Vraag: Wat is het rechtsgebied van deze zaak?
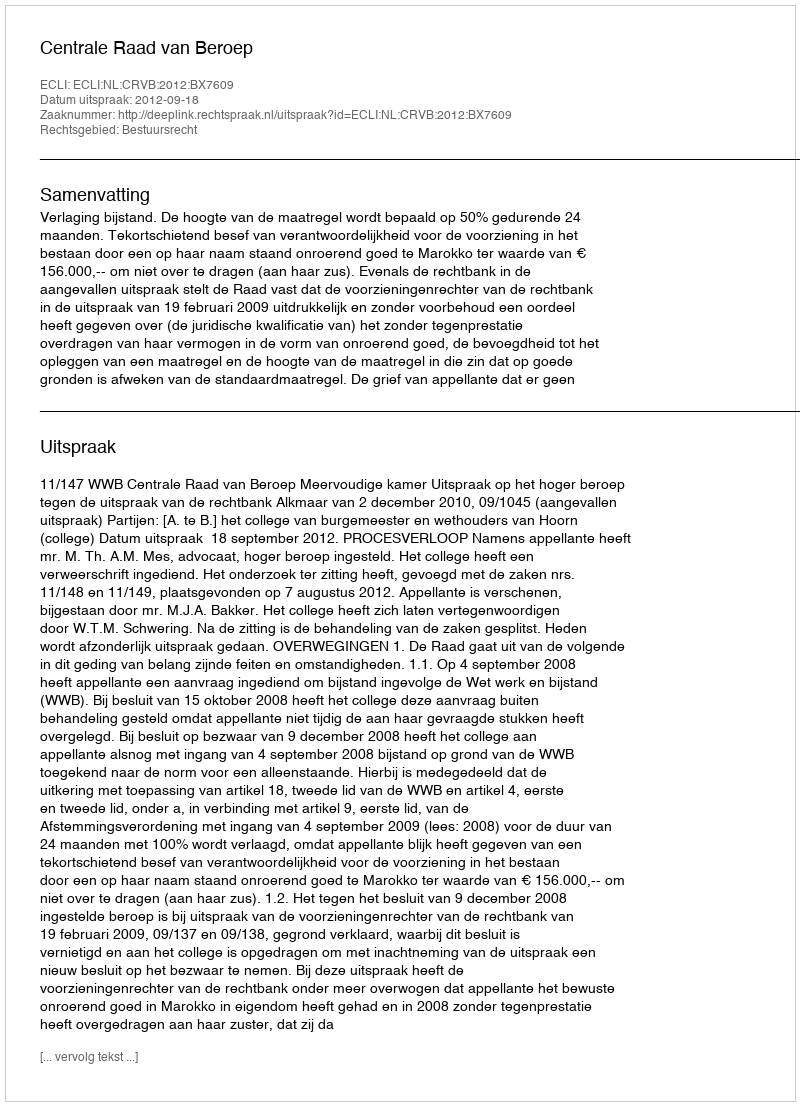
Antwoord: Bestuursrecht